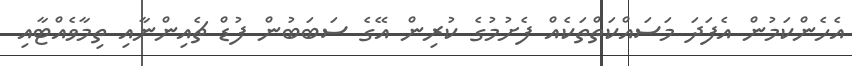
އެހެންކަމުން އެފަދަ މަސައްކަތްތަކެއް ފެށުމުގެ ކުރިން އޭގެ ސަބަބުން ފުޑް ޗެއިންނާއި ތިމާވެއްޓާއި